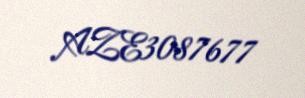
AZE3087677